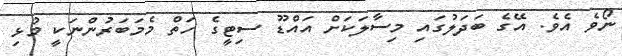
ނޯވެ އެވެ. އޭގެ ބަދަލުގައި މިސާލަކަށް އައްޑޫ ސިޓީގެ ހަތް މެމަބަރުންނަކީ މުޅި